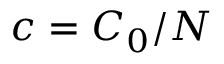
c = C _ { 0 } / N